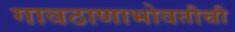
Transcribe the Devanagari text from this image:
गावठाणाभोवतीची